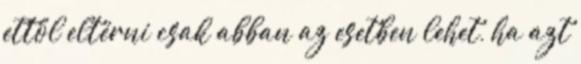
ettől eltérni csak abban az esetben lehet, ha azt